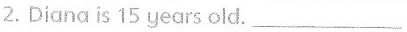
2.Diana is 15 years old.